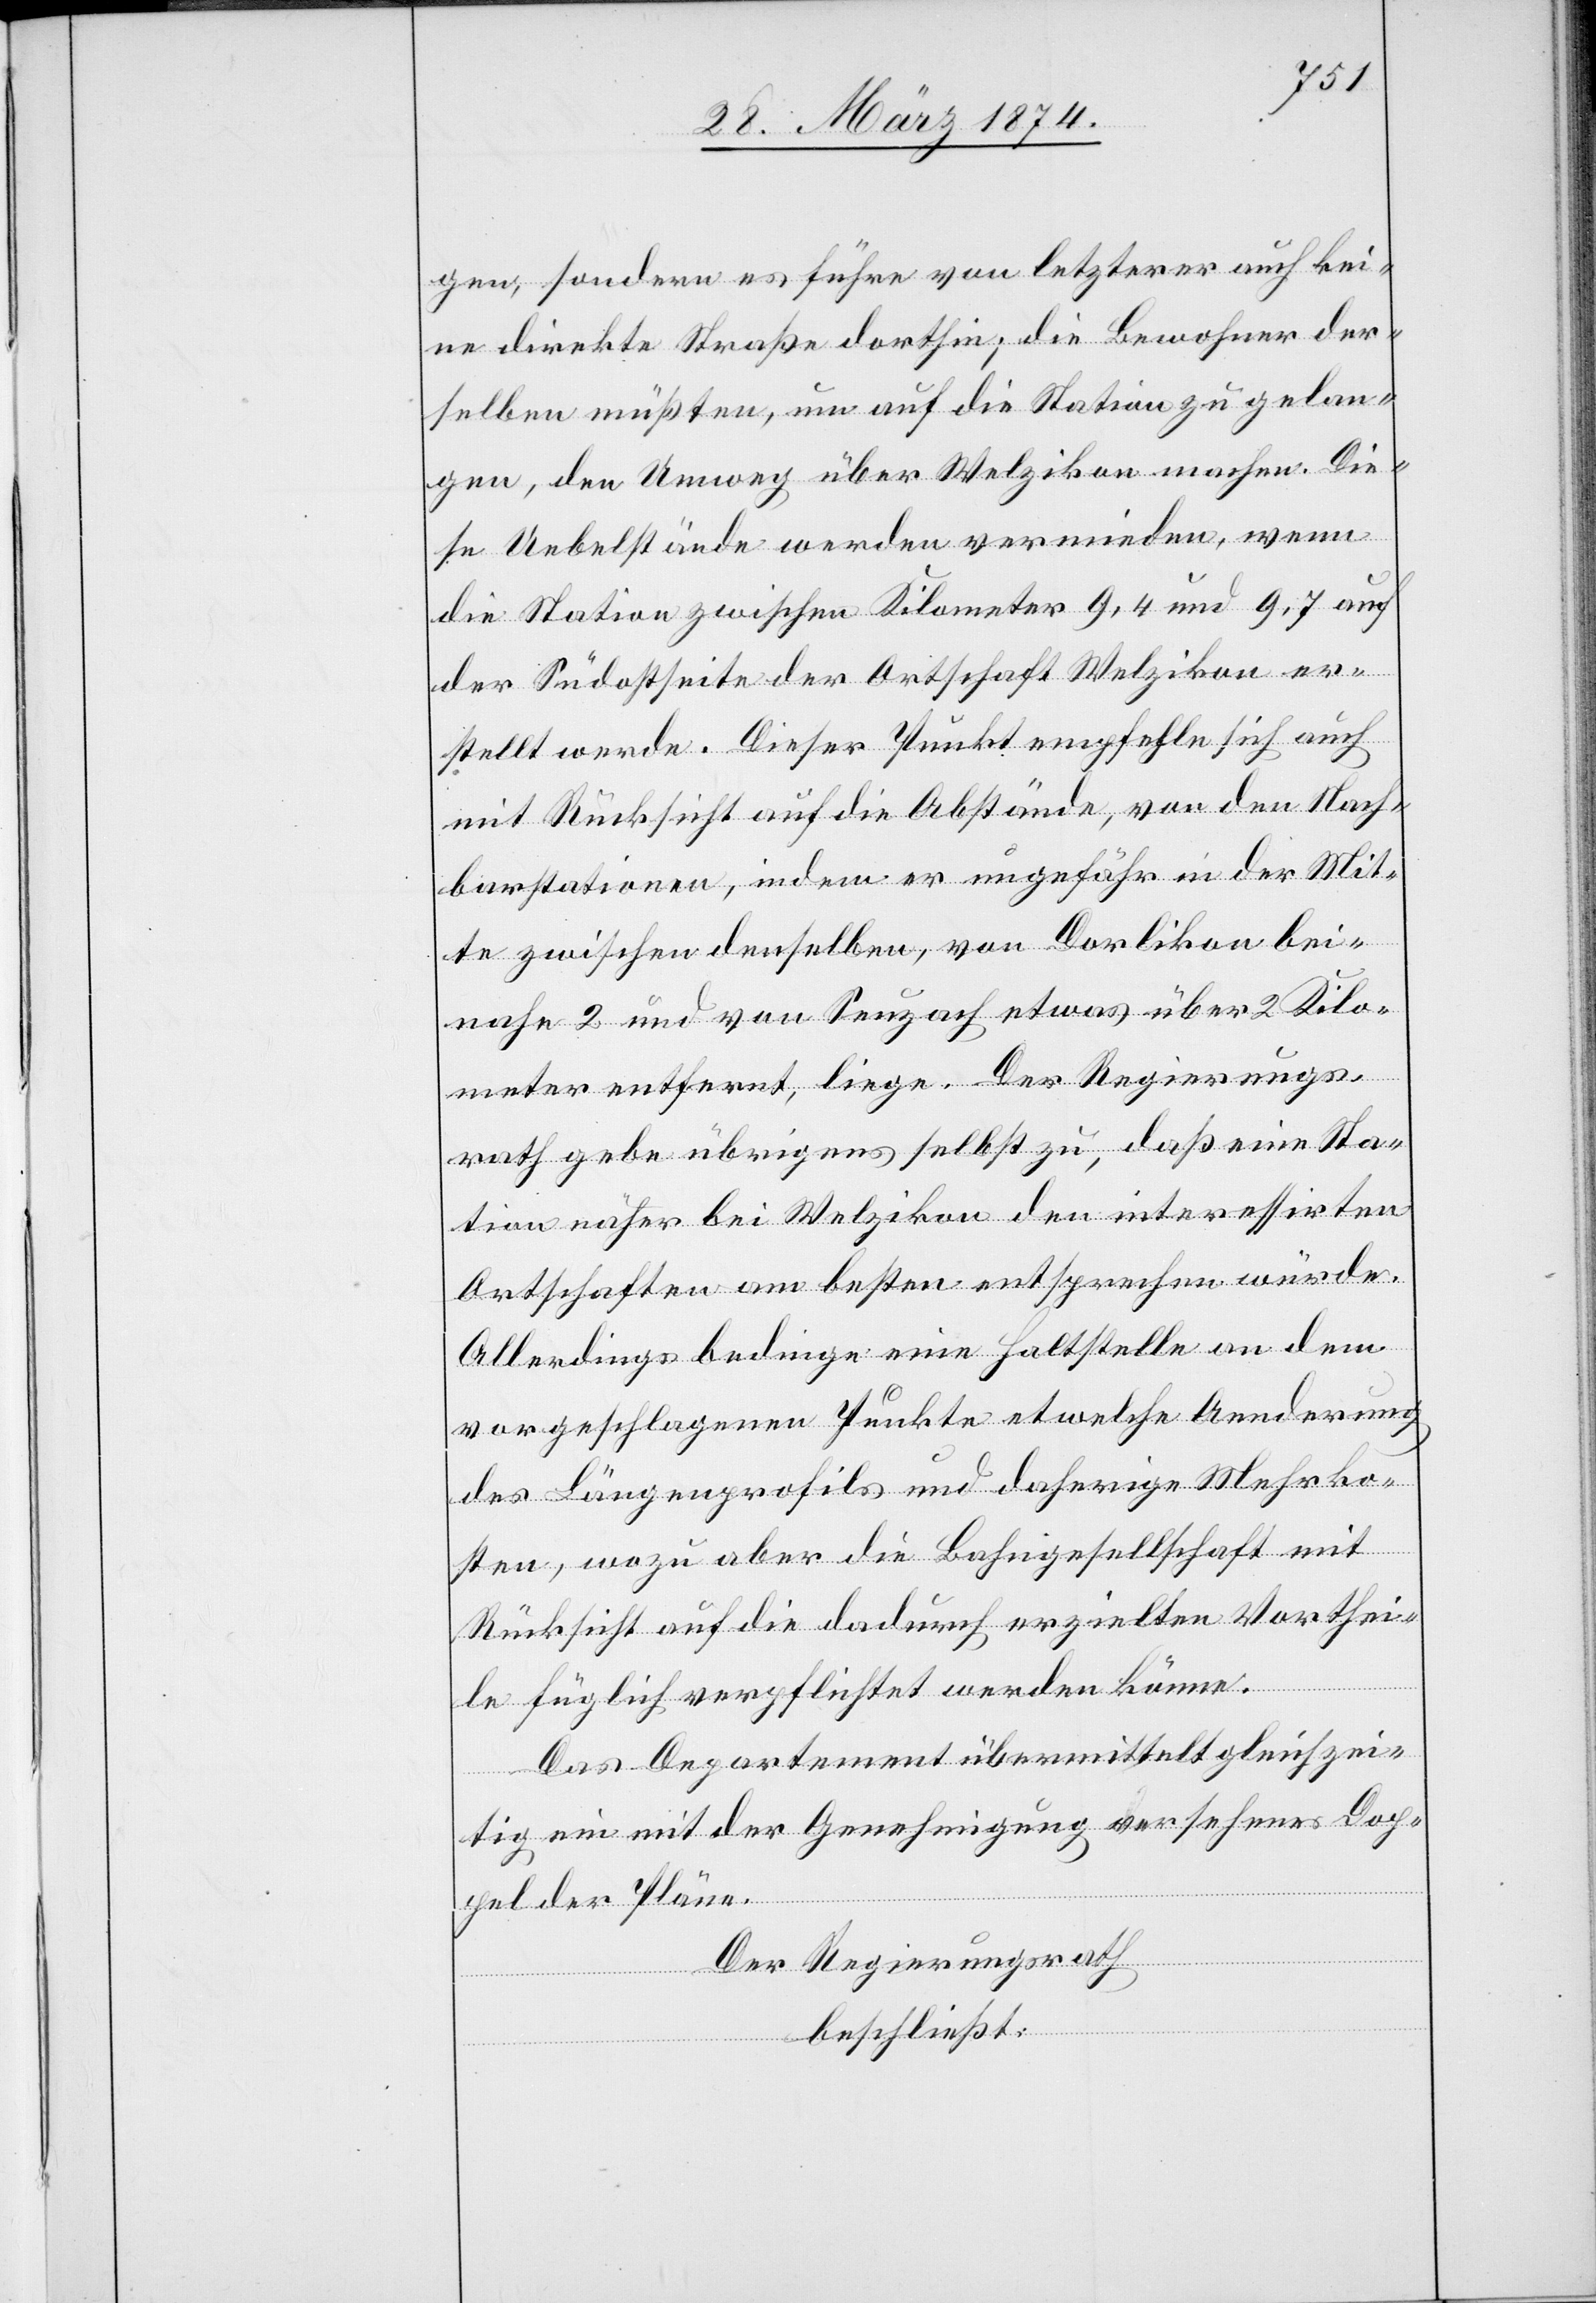
gen, sondern es führe von letzterer auch kei¬
ne direkte Straße dorthin; die Bewohner der¬
selben müßten, um auf die Station zu gelan¬
gen, den Umweg über Welzikon machen. Die¬
se Uebelstände werden vermieden, wenn
die Station zwischen Kilometer 9,4 und 9, 7 auf
der Südostseite der Ortschaft Welzikon er¬
stellt werde. Dieser Punkt empfehle sich auch
mit Rücksicht auf die Abstände, von den Nacht¬
barstationen, indem er ungefähr in der Mit¬
te zwischen denselben, von Dorlikon bei¬
nahe 2 und von Seuzach etwas über 2 Kilo¬
meter entfernt, liege. Der Regierungs¬
rath gebe übrigens selbst zu, daß eine Sta¬
tion näher bei Welzikon den interessirten
Ortschaften am besten entsprechen würde.
Allerdings bedinge eine Haltstelle an dem
vorgeschlagenen Punkte etwelche Aenderung
des Längenprofils und daherige Mehrko¬
sten, wozu aber die Bahngesellschaft mit
Rücksicht auf die dadurch erzielten Vorthei¬
le füglich verpflichtet werden könne.
Das Departement übermittelt gleichzei¬
tig ein mit der Genehmigung versehenes Dop¬
pel der Pläne.
Der Regierungsrath,
beschließt: